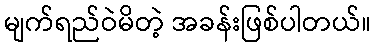
မျက်ရည်ဝဲမိတဲ့ အခန်းဖြစ်ပါတယ်။